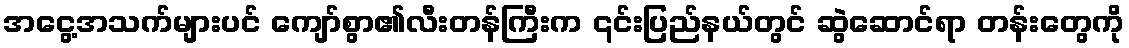
အငွေ့အသက်များပင် ကျော်စွာ၏လီးတန်ကြီးက ၎င်းပြည်နယ်တွင် ဆွဲဆောင်ရာ တန်းတွေကို